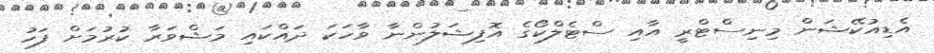
އެޑިއުކޭޝަން މިނިސްޓްރީ އާއި ސްޓެލްކޯގެ އޮފިޝަލުންނާ ވާހަކަ ދައްކައި މަޝްވަރާ ކުރުމަށް ފަހު